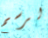
لرسم